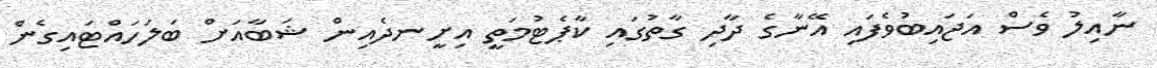
ނާއިލު ވެސް އަޖައިބުވެފައި އޭނާގެ ދާދި ގާތުގައި ކާޕެޓުމަތީ އިށީނދެއިން ޝަބާއަށް ބަލަހައްޓައިގެން